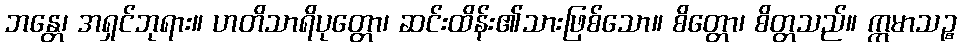
ဘန္တေ၊ အရှင်ဘုရား။ ဟတိသာရိပုတ္တော၊ ဆင်းထိန်း၏သားဖြစ်သော။ စိတ္တော၊ စိတ္တသည်။ ဣမာသဉ္စ